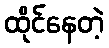
ထိုင်နေတဲ့